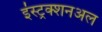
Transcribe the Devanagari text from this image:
इंस्ट्रक्शनअल